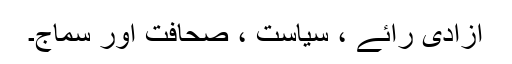
آزادی رائے ، سیاست ، صحافت اور سماج۔